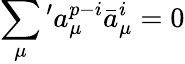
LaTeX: \sum_{\mu}{}^{\prime}a_{\mu}^{p-i}\bar{a}_{\mu}^{i}=0